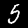
Label: 5